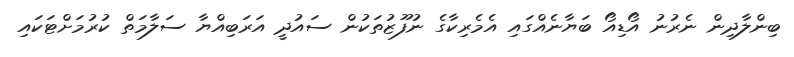
ބިންލާދިން ނެރުނު އޯޑިއޯ ބަޔާނެއްގައި އެމެރިކާގެ ނުފޫޒުތަކުން ސައުދީ އަރަބިއްޔާ ސަލާމަތް ކުރުމަށްޓަކައި